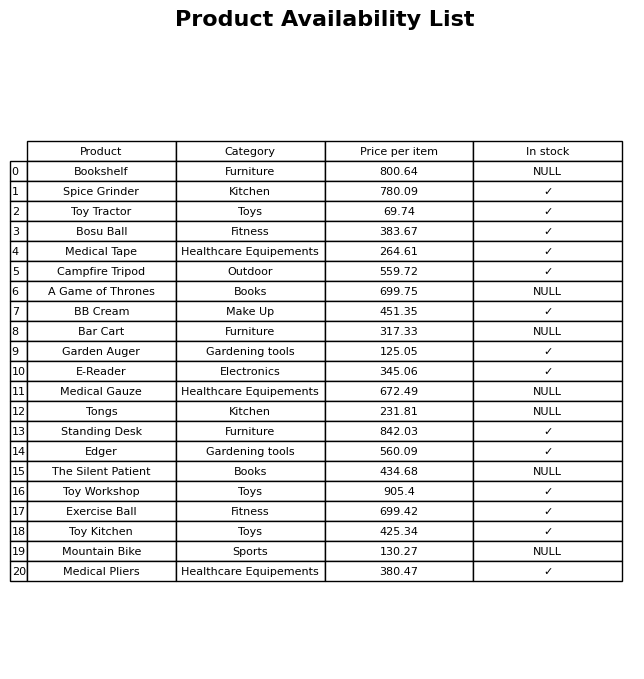
question: What category does the BB Cream belong to?
answer: Make Up